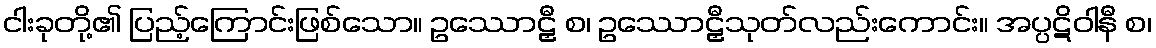
ငါးခုတို့၏ ပြည့်ကြောင်းဖြစ်သော။ ဥဿောဠှီ စ၊ ဥဿောဠှီသုတ်လည်းကောင်း။ အပ္ပဋိဝါနီ စ၊